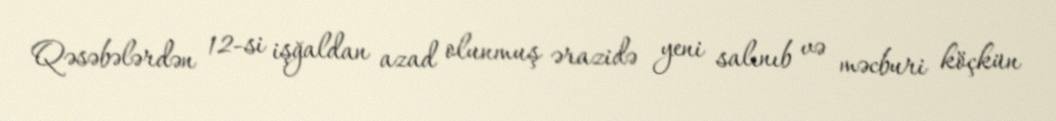
Qəsəbələrdən 12-si işğaldan azad olunmuş ərazidə yeni salınıb və məcburi köçkün